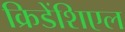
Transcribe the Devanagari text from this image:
क्रिडेंशिएल